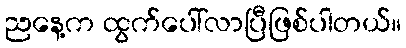
ညနေ့က ထွက်ပေါ်လာပြီဖြစ်ပါတယ်။